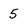
Character: 5